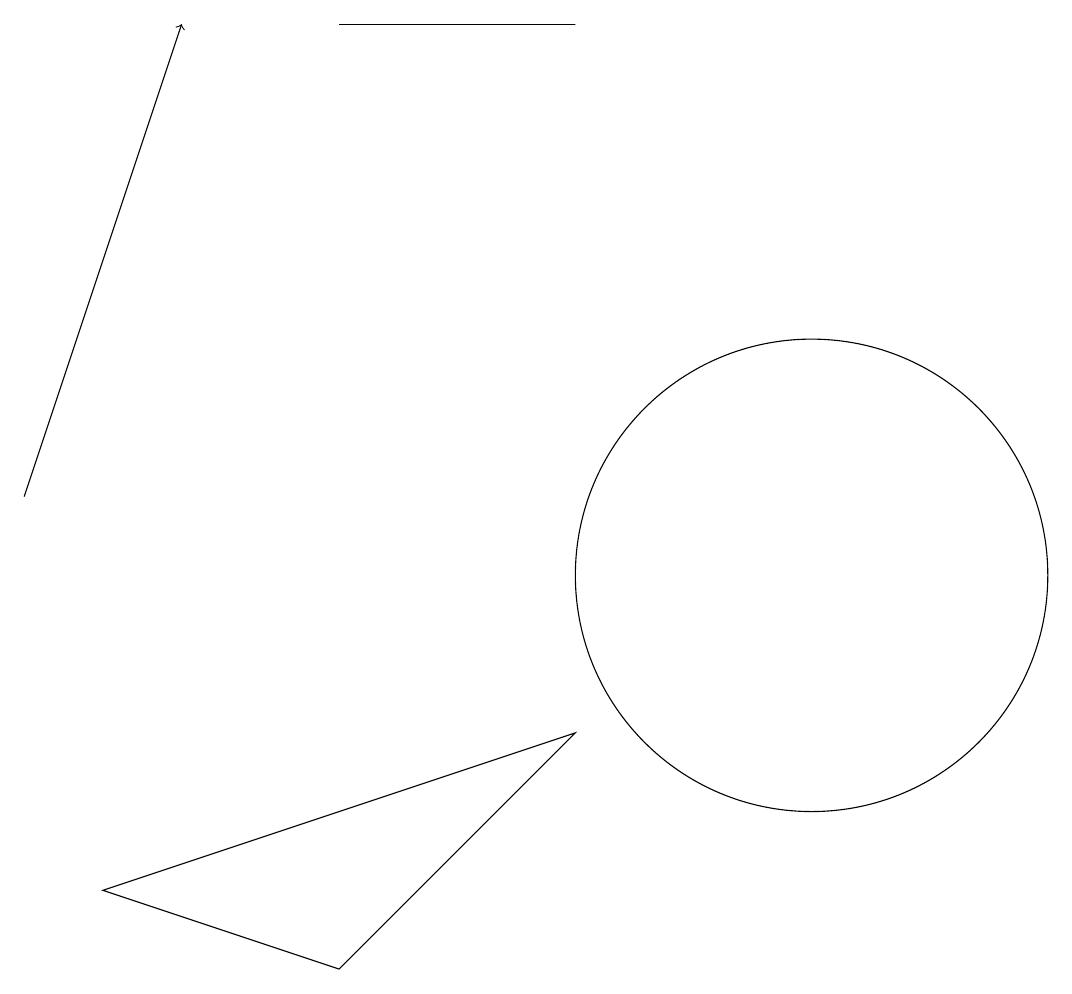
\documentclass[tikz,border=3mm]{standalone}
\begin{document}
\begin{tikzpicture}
\draw[->] (1,12) -- (3,18);
\draw (2,7) -- (8,9) -- (5,6) -- cycle;
\draw (5,18) rectangle (8,18);
\draw (11,11) circle (3);
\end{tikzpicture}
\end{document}